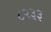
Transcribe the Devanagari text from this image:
८२३३